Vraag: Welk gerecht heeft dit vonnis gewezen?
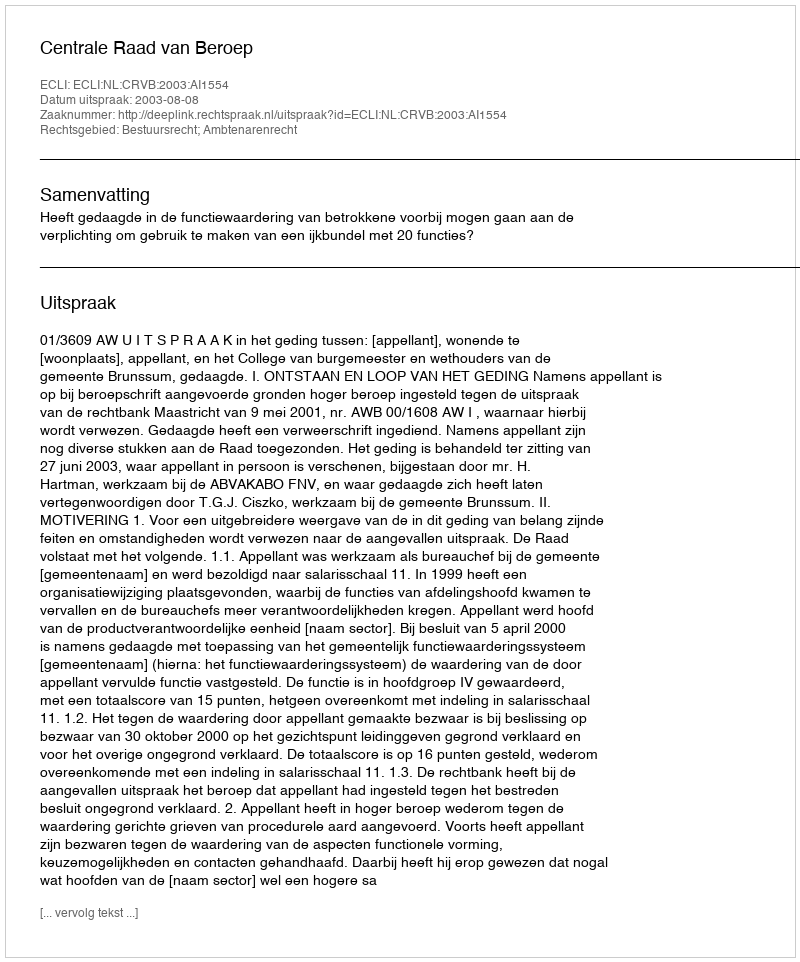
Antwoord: Centrale Raad van Beroep